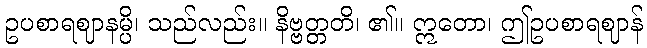
ဥပစာရဈာနမ္ပိ၊ သည်လည်း။ နိဗ္ဗတ္တတိ၊ ၏။ ဣတော၊ ဤဥပစာရဈာန်